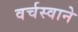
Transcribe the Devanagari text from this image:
वर्चस्वाने